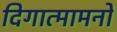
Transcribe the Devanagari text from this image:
दिगात्मामनो